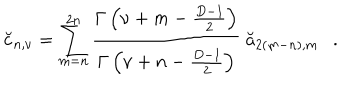
LaTeX: \breve { c } _ { n , \nu } = \sum _ { m = n } ^ { 2 n } { \frac { \Gamma \left( \nu + m - { \frac { D - 1 } { 2 } } \right) } { \Gamma \left( \nu + n - { \frac { D - 1 } { 2 } } \right) } } ~ \breve { a } _ { 2 ( m - n ) , m } .